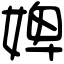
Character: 婢